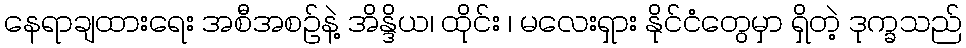
နေရာချထားရေး အစီအစဉ်နဲ့ အိန္ဒိယ၊ ထိုင်း ၊ မလေးရှား နိုင်ငံတွေမှာ ရှိတဲ့ ဒုက္ခသည်